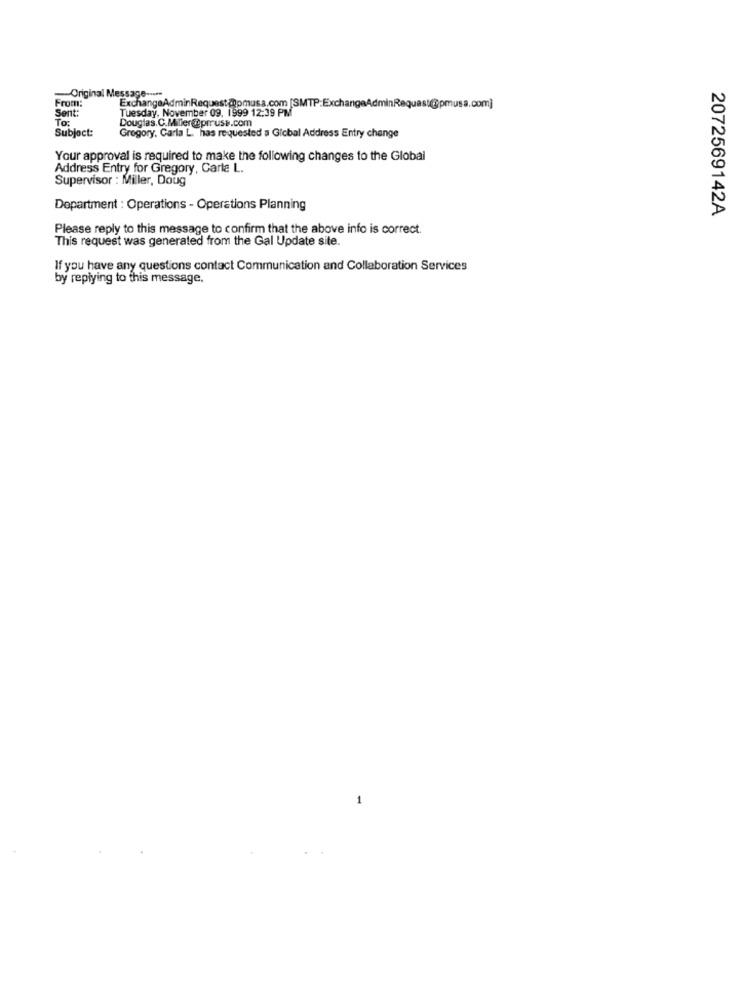
From:
Original Message -----
ExchangeAdminRequest@pmusa.com [SMTP:ExchangeAdminRequest@@pmusa.com]
Tuesday, November 09, 1999 12:39 PM
Sent:
To:
Douglas. C.Miller@pruse.com
Subject:
Gregory, Carla L. has requested a Gicbal Address Entry change
Your approval is required to make the following changes to the Global
Address Entry for Gregory, Carle L.
Supervisor : Miller, Doug
Department : Operations - Operations Planning
2072569142A
Please reply to this message to confirm that the above info is correct.
This request was generated from the Gal Update site.
If you have any questions contact Communication and Collaboration Services
by replying to this message,